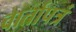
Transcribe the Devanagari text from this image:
वार्तापत्रं